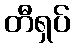
တီရှပ်